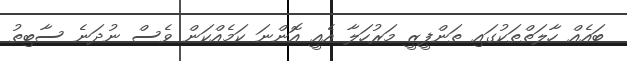
ބައެއް ހާލަތްތަކުގައި ތަންފީޒީ މަރުހަލާ އެއީ އޮންނަ ކަމެއްކަން ވެސް ނުދަނެ ސާބިތު